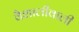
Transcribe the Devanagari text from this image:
वैशालीवाली